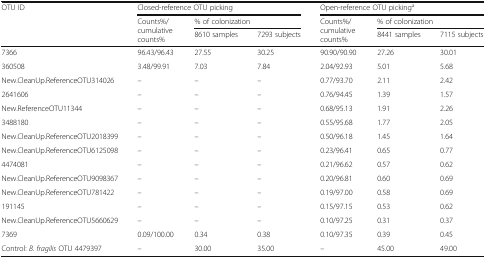
<table><thead><tr><td rowspan="3"><b>OTU ID</b></td><td colspan="3"><b>Closed-reference OTU picking</b></td><td colspan="3"><b>Open-reference OTU picking<sup>a</sup></b></td></tr><tr><td rowspan="2"><b>Counts%/cumulative counts%</b></td><td colspan="2"><b>% of colonization</b></td><td rowspan="2"><b>Counts%/cumulative counts%</b></td><td colspan="2"><b>% of colonization</b></td></tr><tr><td><b>8610 samples</b></td><td><b>7293 subjects</b></td><td><b>8441 samples</b></td><td><b>7115 subjects</b></td></tr></thead><tbody><tr><td>7366</td><td>96.43/96.43</td><td>27.55</td><td>30.25</td><td>90.90/90.90</td><td>27.26</td><td>30.01</td></tr><tr><td>360508</td><td>3.48/99.91</td><td>7.03</td><td>7.84</td><td>2.04/92.93</td><td>5.01</td><td>5.68</td></tr><tr><td>New.CleanUp.ReferenceOTU314026</td><td>–</td><td>–</td><td>–</td><td>0.77/93.70</td><td>2.11</td><td>2.42</td></tr><tr><td>2641606</td><td>–</td><td>–</td><td>–</td><td>0.76/94.45</td><td>1.39</td><td>1.57</td></tr><tr><td>New.ReferenceOTU11344</td><td>–</td><td>–</td><td>–</td><td>0.68/95.13</td><td>1.91</td><td>2.26</td></tr><tr><td>3488180</td><td>–</td><td>–</td><td>–</td><td>0.55/95.68</td><td>1.77</td><td>2.05</td></tr><tr><td>New.CleanUp.ReferenceOTU2018399</td><td>–</td><td>–</td><td>–</td><td>0.50/96.18</td><td>1.45</td><td>1.64</td></tr><tr><td>New.CleanUp.ReferenceOTU6125098</td><td>–</td><td>–</td><td>–</td><td>0.23/96.41</td><td>0.65</td><td>0.77</td></tr><tr><td>4474081</td><td>–</td><td>–</td><td>–</td><td>0.21/96.62</td><td>0.57</td><td>0.62</td></tr><tr><td>New.CleanUp.ReferenceOTU9098367</td><td>–</td><td>–</td><td>–</td><td>0.20/96.81</td><td>0.60</td><td>0.69</td></tr><tr><td>New.CleanUp.ReferenceOTU781422</td><td>–</td><td>–</td><td>–</td><td>0.19/97.00</td><td>0.58</td><td>0.69</td></tr><tr><td>191145</td><td>–</td><td>–</td><td>–</td><td>0.15/97.15</td><td>0.53</td><td>0.62</td></tr><tr><td>New.CleanUp.ReferenceOTU5660629</td><td>–</td><td>–</td><td>–</td><td>0.10/97.25</td><td>0.31</td><td>0.37</td></tr><tr><td>7369</td><td>0.09/100.00</td><td>0.34</td><td>0.38</td><td>0.10/97.35</td><td>0.39</td><td>0.45</td></tr><tr><td>Control: <i>B. fragilis</i> OTU 4479397</td><td>–</td><td>30.00</td><td>35.00</td><td>–</td><td>45.00</td><td>49.00</td></tr></tbody></table>